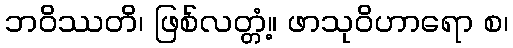
ဘဝိဿတိ၊ ဖြစ်လတ္တံ့။ ဖာသုဝိဟာရော စ၊